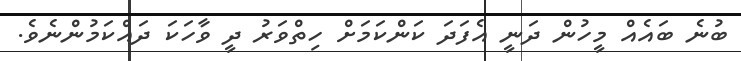
ބުނެ ބައެއް މީހުން ދަނީ އެފަދަ ކަންކަމަށް ހިތްވަރު ދީ ވާހަކަ ދައްކަމުންނެވެ.